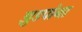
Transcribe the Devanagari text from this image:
झुडपांना